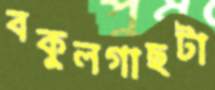
বকুলগাছটা